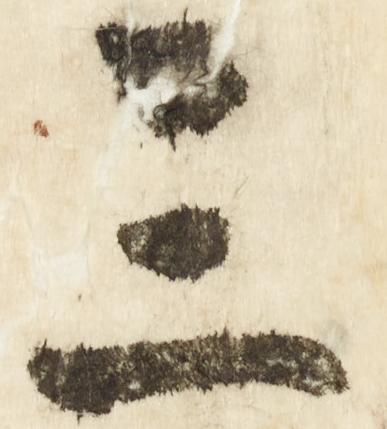
三